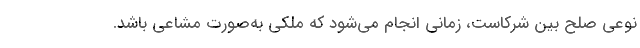
نوعی صلح بین شرکاست، زمانی انجام می‌شود که ملکی به‌صورت مشاعی باشد.